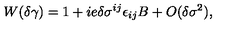
W ( \delta \gamma ) = 1 + i e \delta \sigma ^ { i j } \epsilon _ { i j } B + O ( \delta \sigma ^ { 2 } ) ,